Rangoon Lunatic Asylum 1893-1897 - 1893-1897
Year: 1893
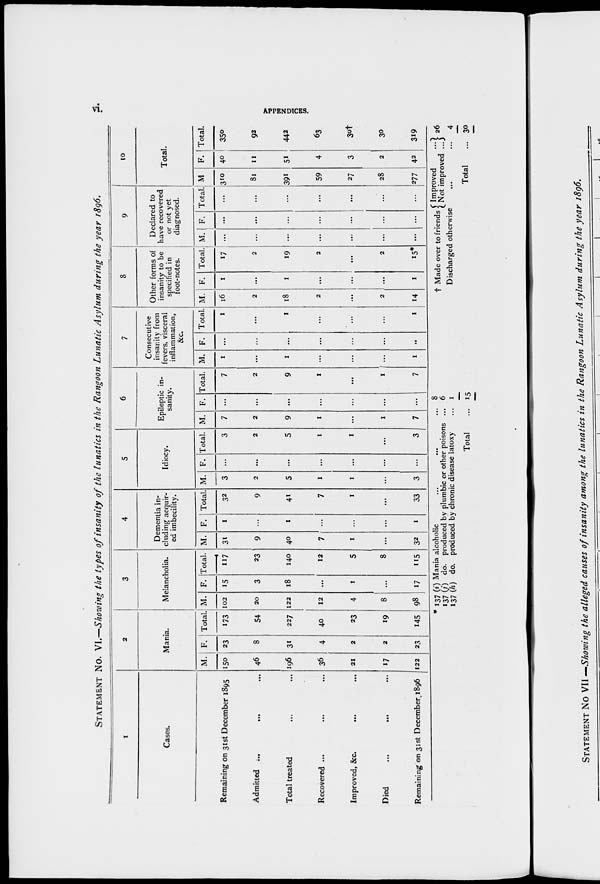
vi.
APPENDICES
STATEMENT No. VI.—Showing the types of insanity of the lunatics in the Rangoon Lunatic Asylum during the year 1896.
1
Cases.
Remaining on 31st December 1895
Admitted ... ... ...
Total treated ... ...
Recovered ... ...
Improved, &c. ... ...
Died
...
...
...
Remaining on 31st December 1896
2
Mania.
M.
150
46
196
36
21
17
122
F.
23
8
31
4
2
2
23
Total.
173
54
227
40
23
19
145
3
Melancholia.
M.
102
20
122
12
4
8
98
F.
15
3
18
...
1
...
17
Total.
117
23
140
12
5
8
115
4
Dementia in-
cluding acquir-
ed imbecility.
M.
31
9
40
7
1
...
32
F.
1
...
1
...
...
...
1
Total.
32
9
41
7
1
...
33
5
Idiocy.
M.
3
2
5
1
1
...
3
F.
...
...
...
...
...
...
...
Total.
3
2
5
1
1
...
3
6
Epileptic in-
sanity.
M.
7
2
9
1
...
1
7
F.
...
...
...
...
...
...
...
Total.
7
2
9
1
...
1
7
7
Consecutive
insanity from
fevers, visceral
inflammation,
&c.
M.
1
...
1
...
...
...
1
F.
...
...
...
...
...
...
...
Total.
1
...
1
...
...
...
1
8
Other forms of
insanity to be
specified in
foot-notes.
M.
16
2
18
2
...
2
14
F.
1
...
1
...
...
...
1
Total.
17
2
19
2
...
2
15*
9
Declared to
have recovered
or not yet
diagnosed.
M.
...
...
...
...
...
...
...
F.
...
...
...
...
...
...
...
Total.
...
...
...
...
...
...
...
10
Total.
M
310
81
391
59
27
28
277
F.
40
11
51
4
3
2
42
Total.
350
92
442
63
30†
30
319
* 137 (i) Mania alcoholic ... ... ...
137 (j) do. produced by plumbic or other poisons ...
137(h) do. produced by chronic disease latoxy ...
Total ...
8
6
1
15
† Made over to friends Improved
...
Not improved ...
Discharged otherwise...
...
Total ...
26
4
30